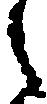
之